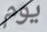
يوم